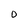
Character: 0